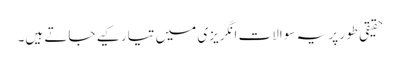
حقیقی طور پر یہ سوالات انگریزی میں تیار کیے جاتے ہیں۔